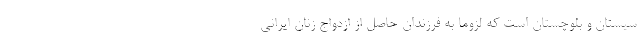
سيستان و بلوچستان است كه لزوما به فرزندان حاصل از ازدواج زنان ايراني